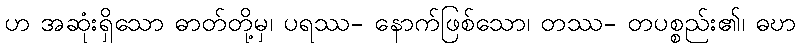
ဟ အဆုံးရှိသော ဓာတ်တို့မှ၊ ပရဿ- နောက်ဖြစ်သော၊ တဿ- တပစ္စည်း၏၊ ဓဎာ